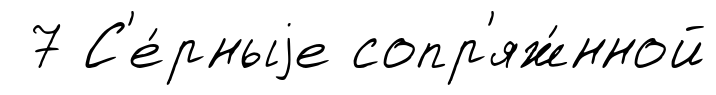
7 С'е́рныjе сопр'яж́нной